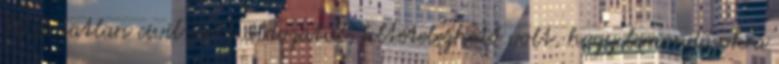
70 ártatlan civil esett áldozatul, feltételezhető volt, hogy lemondásokra